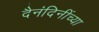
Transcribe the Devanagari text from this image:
दैनंदिनींच्या